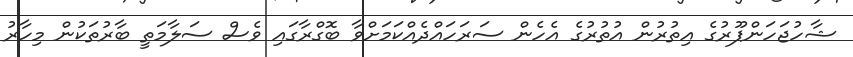
ޝާހުޖަހަންޕޫރުގެ އިތުރުން އުތުރުގެ އެހެން ސަރަހައްދެއްކަމަށްވާ ބޮގްރާގައި ވެސް ސަލާމަތީ ބާރުތަކުން މިހާރު